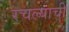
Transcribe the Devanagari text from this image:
रचल्याची